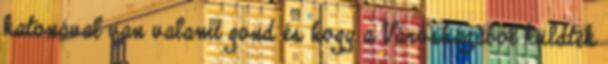
katonával van valami gond és hogy a Városházából küldték